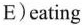
E)eating